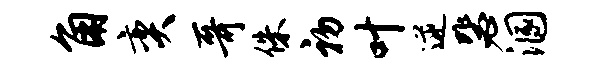
角奕哥侏初叶逆毖溷